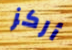
أركز